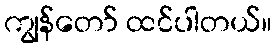
ကျွန်တော် ထင်ပါတယ်။